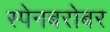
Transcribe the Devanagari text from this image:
स्पेनबरोबर